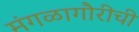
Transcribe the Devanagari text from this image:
मंगळागौरीची